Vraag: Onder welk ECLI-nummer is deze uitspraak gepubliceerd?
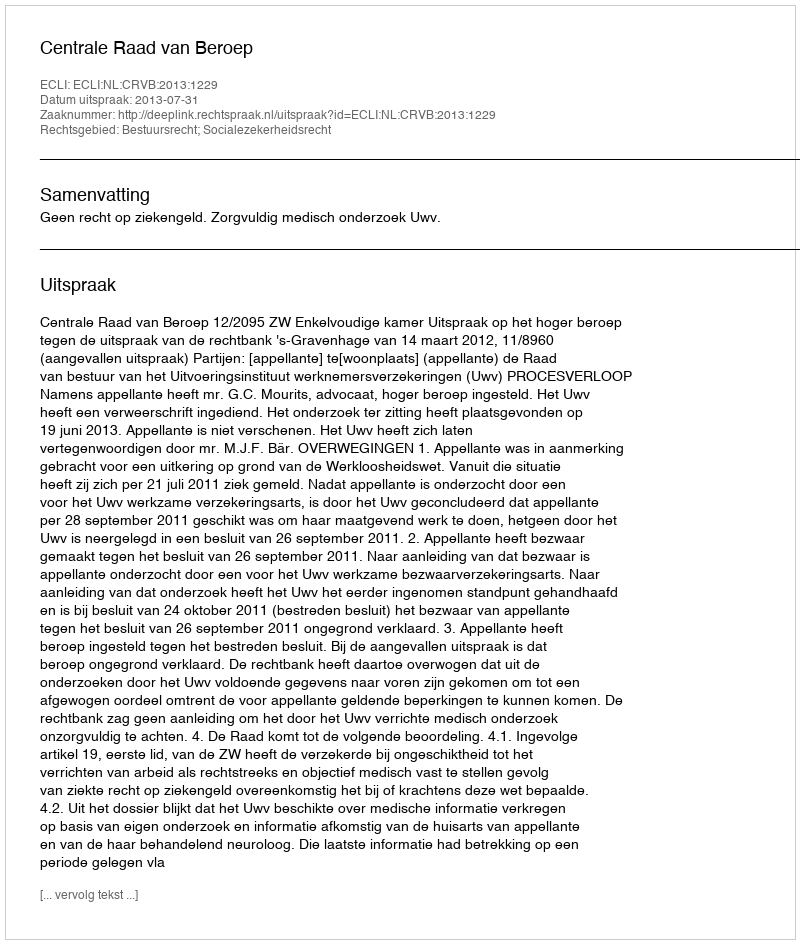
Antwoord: ECLI:NL:CRVB:2013:1229